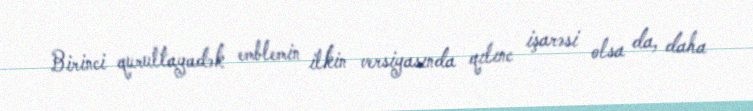
Birinci qurultayadək emblemin ilkin versiyasında qılınc işarəsi olsa da, daha